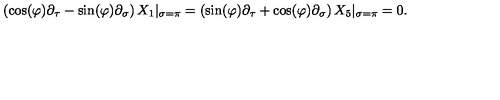
\left( \cos ( \varphi ) \partial _ { \tau } - \sin ( \varphi ) \partial _ { \sigma } \right) X _ { 1 } | _ { \sigma = \pi } = \left( \sin ( \varphi ) \partial _ { \tau } + \cos ( \varphi ) \partial _ { \sigma } \right) X _ { 5 } | _ { \sigma = \pi } = 0 .